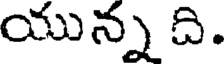
యున్న ది.